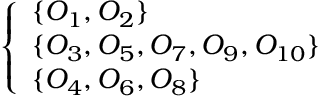
\left\{ \begin{array} { l l } { \{ O _ { 1 } , O _ { 2 } \} } \\ { \{ O _ { 3 } , O _ { 5 } , O _ { 7 } , O _ { 9 } , O _ { 1 0 } \} } \\ { \{ O _ { 4 } , O _ { 6 } , O _ { 8 } \} } \end{array} \right.